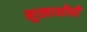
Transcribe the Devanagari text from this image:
मुखाशीही